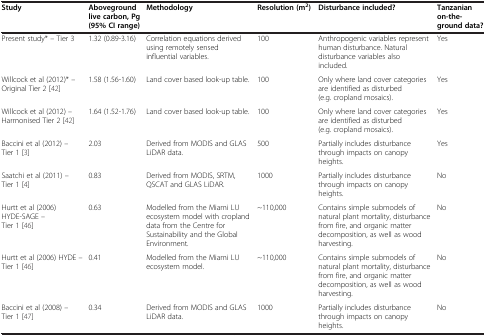
| Study | Aboveground live carbon, Pg (95% CI range) | Methodology | Resolution (m2) | Disturbance included? | Tanzanian on-the-ground data? |
 | --- | --- | --- | --- | --- | --- |
 | Present study* – Tier 3 | 1.32 (0.89-3.16) | Correlation equations derived using remotely sensed influential variables. | 100 | Anthropogenic variables represent human disturbance. Natural disturbance variables also included. | Yes |
 | Willcock et al (2012)* – Original Tier 2 [42] | 1.58 (1.56-1.60) | Land cover based look-up table. | 100 | Only where land cover categories are identified as disturbed (e.g. cropland mosaics). | Yes |
 | Willcock et al (2012) – Harmonised Tier 2 [42] | 1.64 (1.52-1.76) | Land cover based look-up table. | 100 | Only where land cover categories are identified as disturbed (e.g. cropland mosaics). | Yes |
 | Baccini et al (2012) – Tier 1 [3] | 2.03 | Derived from MODIS and GLAS LiDAR data. | 500 | Partially includes disturbance through impacts on canopy heights. | Yes |
 | Saatchi et al (2011) – Tier 1 [4] | 0.83 | Derived from MODIS, SRTM, QSCAT and GLAS LiDAR. | 1000 | Partially includes disturbance through impacts on canopy heights. | No |
 | Hurtt et al (2006) HYDE-SAGE – Tier 1 [46] | 0.63 | Modelled from the Miami LU ecosystem model with cropland data from the Centre for Sustainability and the Global Environment. | ~110,000 | Contains simple submodels of natural plant mortality, disturbance from fire, and organic matter decomposition, as well as wood harvesting. | No |
 | Hurtt et al (2006) HYDE – Tier 1 [46] | 0.41 | Modelled from the Miami LU ecosystem model. | ~110,000 | Contains simple submodels of natural plant mortality, disturbance from fire, and organic matter decomposition, as well as wood harvesting. | No |
 | Baccini et al (2008) – Tier 1 [47] | 0.34 | Derived from MODIS and GLAS LiDAR data. | 1000 | Partially includes disturbance through impacts on canopy heights. | No |